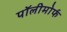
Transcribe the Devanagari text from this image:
पॉलीमोर्फ